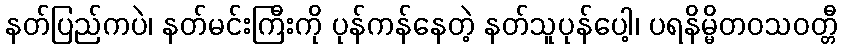
နတ်ပြည်ကပဲ၊ နတ်မင်းကြီးကို ပုန်ကန်နေတဲ့ နတ်သူပုန်ပေါ့၊ ပရနိမ္မိတဝသဝတ္တီ